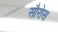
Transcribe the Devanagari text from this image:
सौरोस